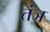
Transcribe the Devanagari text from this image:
तंञ